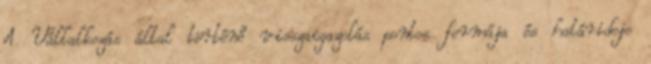
A Vállalkozás által történő visszaigazolás pontos formája és határideje